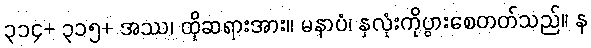
၃၁၄+ ၃၁၅+ အဿ၊ ထိုဆရားအား။ မနာပံ၊ နှလုံးကိုပွားစေတတ်သည်။ န